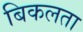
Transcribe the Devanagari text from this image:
बिकलता